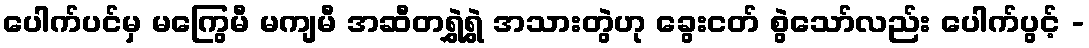
ပေါက်ပင်မှ မကြွေမီ မကျမီ အဆီတရွှဲရွှဲ အသားတွဲဟု ခွေးငတ် စွဲသော်လည်း ပေါက်ပွင့် -